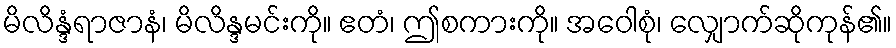
မိလိန္ဒံရာဇာနံ၊ မိလိန္ဒမင်းကို။ ဧတံ၊ ဤစကားကို။ အဝေါစုံ၊ လျှောက်ဆိုကုန်၏။